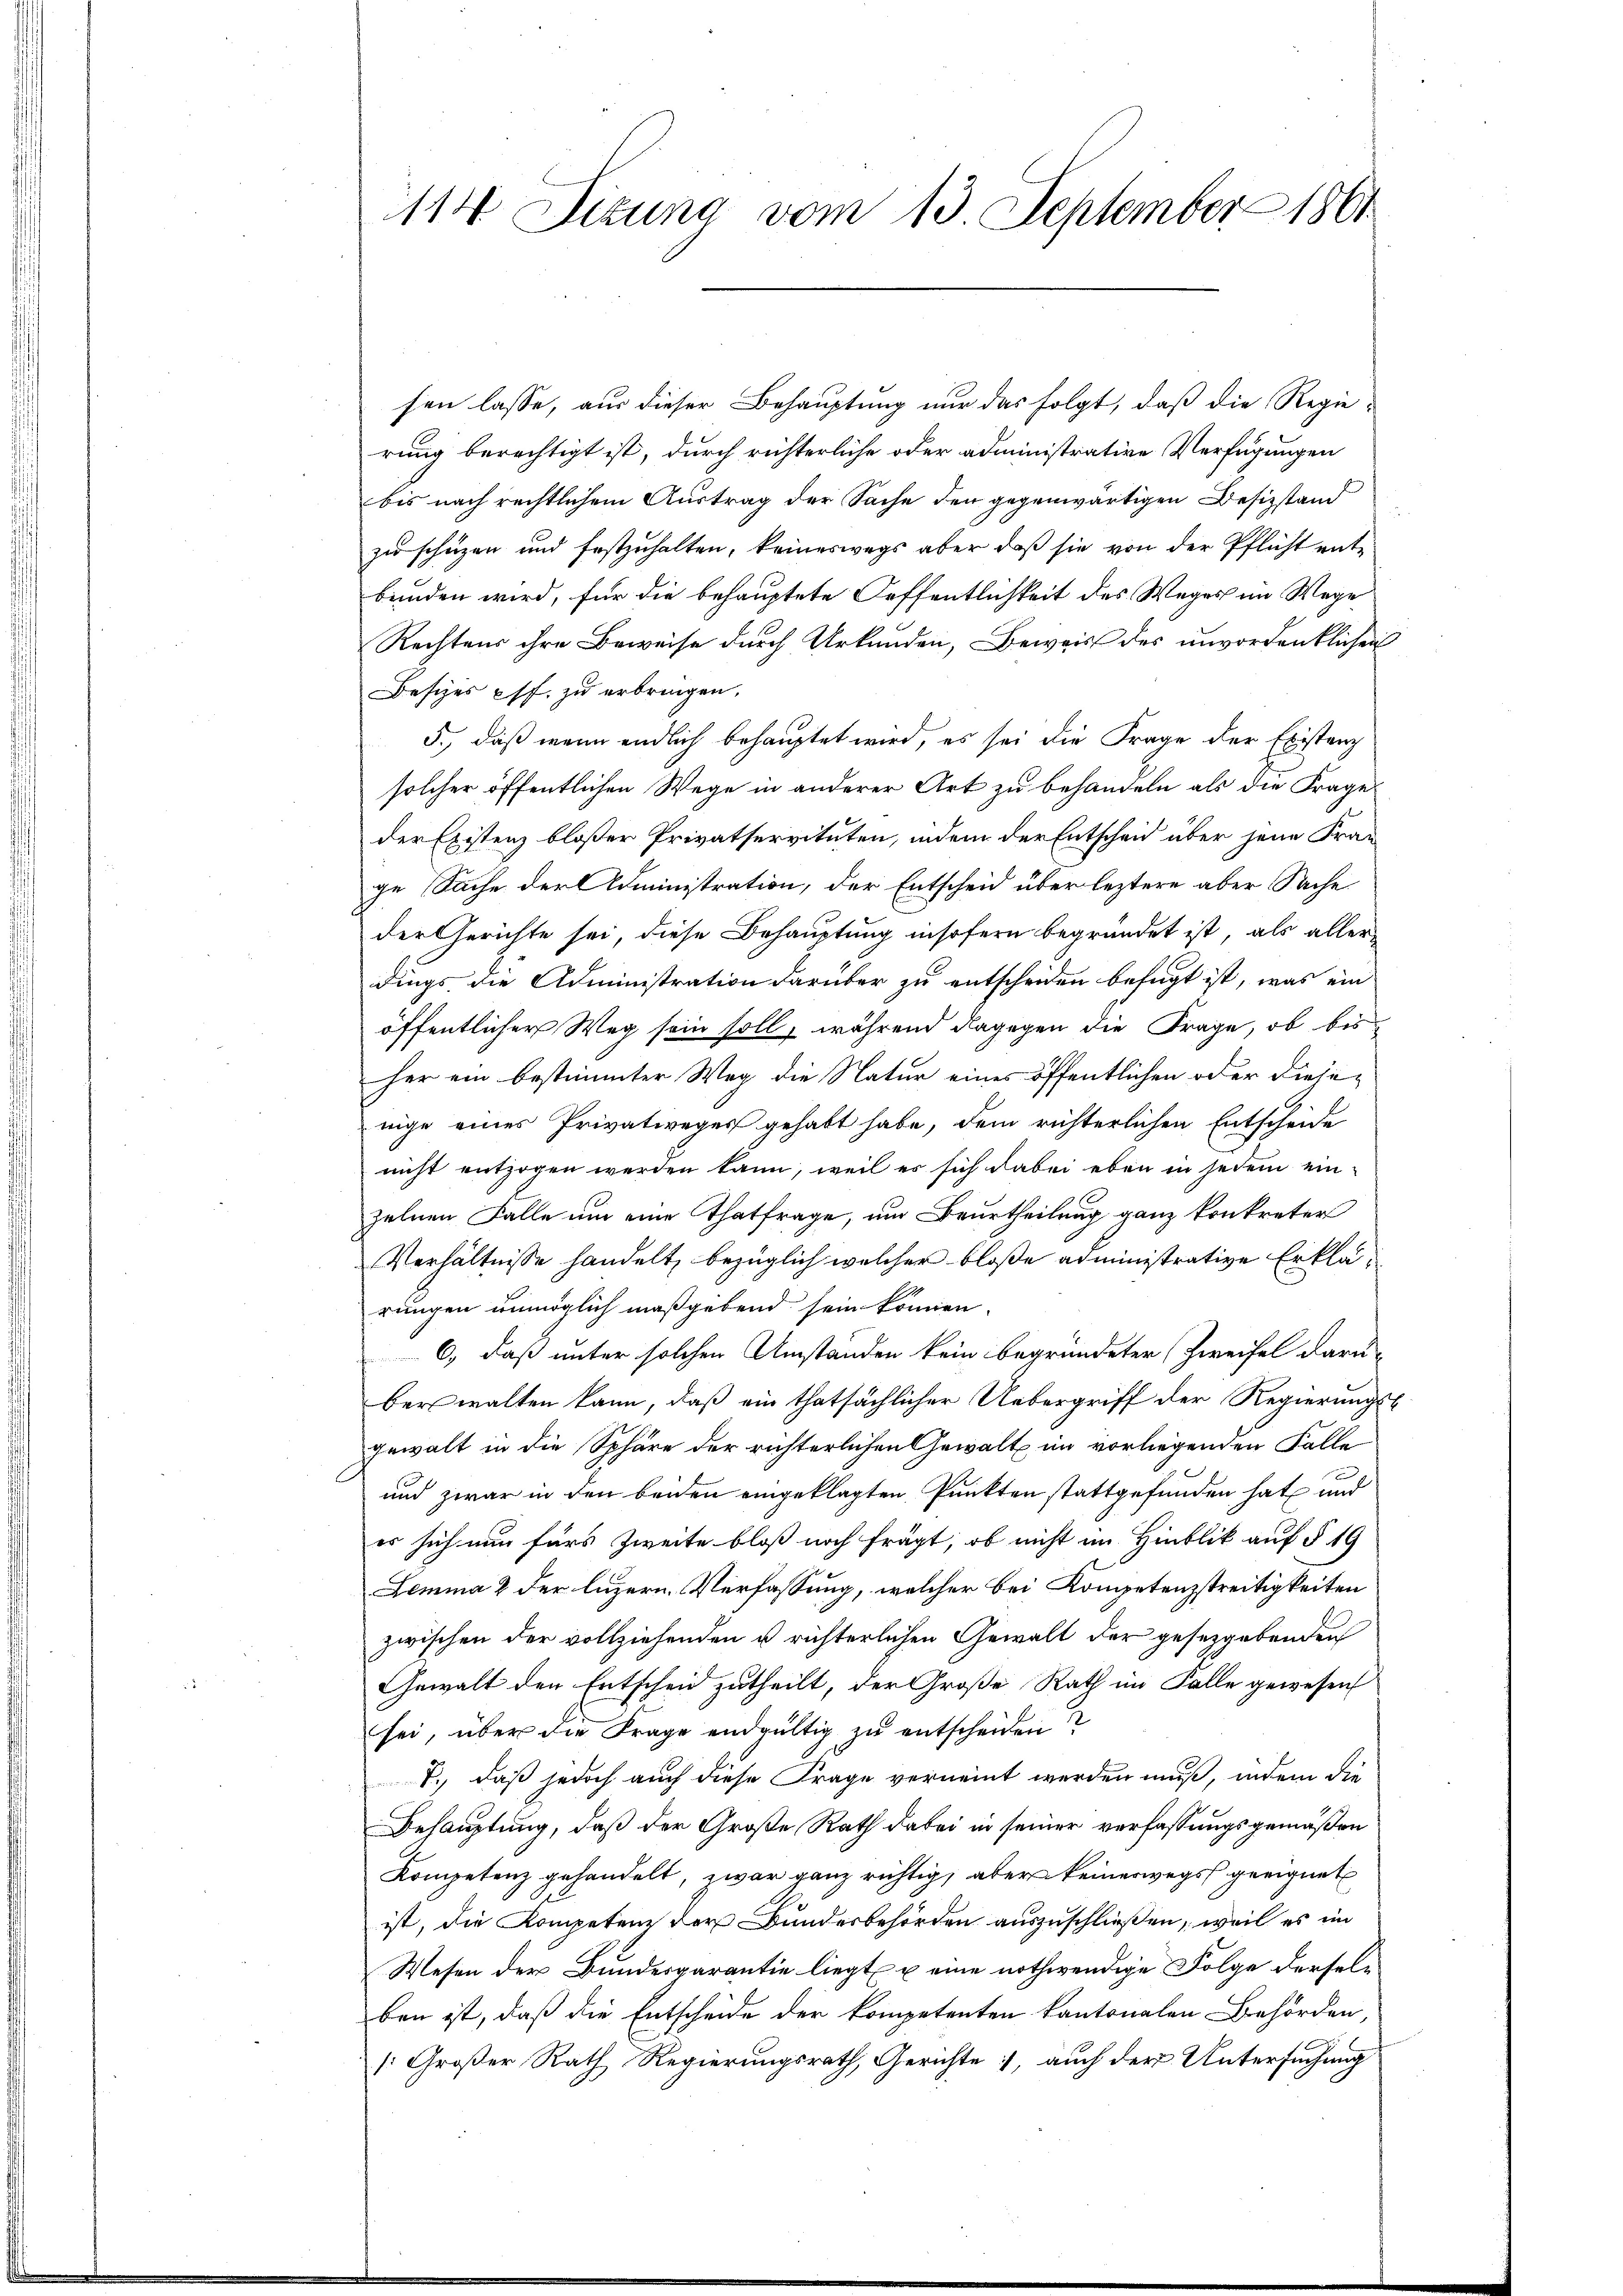
114 Sizung vom 13. September 1861

sen lasse, aus dieser Behauptung nur das folgt, daß die Regierung berechtigt ist, durch richterliche oder administrative Verfügungen
bis nach rechtlichem Austrag der Sache den gegenwärtigen Besizstand
zu schüzen und festzuhalten, keineswegs aber daß sie von der Pflicht entbunden wird, für die behauptete Oeffentlichkeit des Weges im Wege
Rechtens ihre Beweise durch Urkunden, Beweis des unvordenklichen
Besizes pff. zu erbringen.
5., daß wenn endlich behauptet wird, es sei die Frage der Existanz
solcher öffentlichen Wege in anderer Art zu behandeln als die Frage
der Existenz bloßer Privatservituten, indem der Entscheid über jene Fran
ge Sache der Administration, der Entscheid über leztere aber Sache
der Gerichte sei, diese Behauptung insofern begründet ist, als aller-
dings die Administration darüber zu entscheiden befugt ist, was ein
öffentlicher Weg sein soll, während dagegen die Frage, ob bis
her ein bestimmter Weg die Natur eines öffentlichen oder diejenige eines Privatweges gehabt habe, dem richterlichen Entscheide
nicht entzogen werden kann, weil es sich dabei eben in jedem ein-
zelnen Falle um eine Thatfrage, um Beurtheilung ganz konkreter
Verhältnisse handelt, bezüglich welcher bloße administrative Erklärungen unmöglich maßgebend sein können.
6, daß unter solchen Umständen kein begründeter (Zweifel darüber walten kann, daß ein thatsächlicher Uebergriff der Regierungsgewalt in die Sphäre der richterlichen Gewalt im vorliegenden Falle
und zwar in den beiden eingeklagten Punkten stattgefunden hat und
er sich nun fürs Zweite bloß noch frägt, ob nicht im Hinblik auf § 19
Lemma 2 der luzern Verfassung, welcher bei Kompetenzstreitigkeiten
zwischen der vollziehenden u richterlichen Gewalt der gesetzgebenden
Gewalt den Entscheid zutheilt, der Große Rath im Falle gewesen
sei, über die Frage endgültig zu entscheiden
T., daß jedoch auch diese Frage verneint werden muß, indem die
Behauptung, daß der Große Rath dabei in seiner verfassungsgemäßen
Kompetenz gehandelt, zwar ganz richtig, aber keinerwegs geeignet
ist, die Kompetenz der Bundesbehörden auszuschließen, weil es im
Wesen der Bundesgarantie liegt u eine nothwendige Folge derselben ist, daß die Entscheide der kompetenten kantonalen Behörden,
1: Großer Rath Regierungsrath, Gerichte, auch der Untersuchung